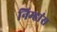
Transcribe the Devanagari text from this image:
निम्हांस